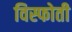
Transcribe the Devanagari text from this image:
विस्फोती